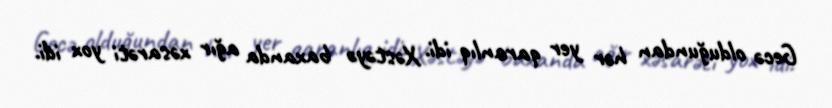
Gecə olduğundan hər yer qaranlıq idi. Xəstəyə baxanda ağır xəsarəti yox idi.